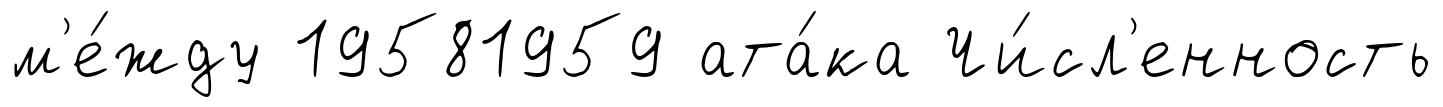
м'е́жду 19581959 ата́ка Чи́сл'енность